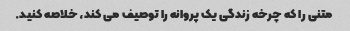
متنی را که چرخه زندگی یک پروانه را توصیف می کند، خلاصه کنید.